Civil Veterinary Department Bihar & Orissa reports 1929-36 - 1929-1936
Year: 1929
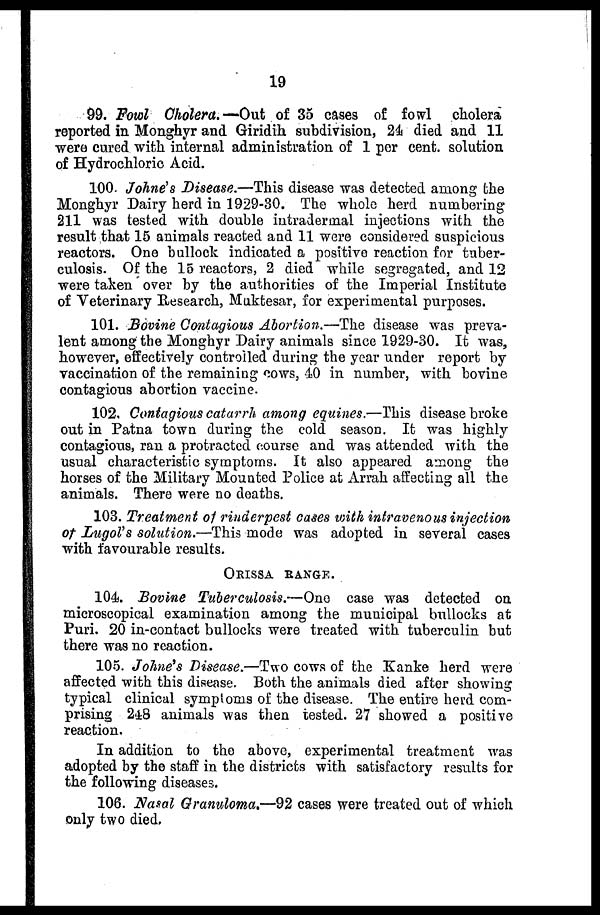
19
99. Fowl Cholera.—Out of 35 cases of fowl cholera
reported in Monghyr and Giridih subdivision, 24 died and 11
were cured with internal administration of 1 per cent. solution
of Hydrochloric Acid.
100. Johne's Disease.—This disease was detected among the
Monghyr Dairy herd in 1929-30. The whole herd numbering
211 was tested with double intradermal injections with the
result that 15 animals reacted and 11 were considered suspicious
reactors. One bullock indicated a positive reaction for tuber-
culosis. Of the 15 reactors, 2 died while segregated, and 12
were taken over by the authorities of the Imperial Institute
of Veterinary Research, Muktesar, for experimental purposes.
101. Bovine Contagious Abortion.—The disease was preva-
lent among the Monghyr Dairy animals since 1929-30. It was,
however, effectively controlled during the year under report by
vaccination of the remaining cows, 40 in number, with bovine
contagious abortion vaccine.
102. Contagious catarrh among equines.—This disease broke
out in Patna town during the cold season. It was highly
contagious, ran a protracted course and was attended with the
usual characteristic symptoms. It also appeared among the
horses of the Military Mounted Police at Arrah affecting all the
animals. There were no deaths.
103. Treatment of rinderpest cases with intravenous injection
of Lugol's solution.—This mode was adopted in several cases
with favourable results.
ORISSA RANGE.
104. Bovine Tuberculosis.—One
case was detected on
microscopical examination among the municipal bullocks at
Puri. 20 in-contact bullocks were treated with tuberculin but
there was no reaction.
105. Johne's Disease.—Two cows of the Kanke herd were
affected with this disease. Both the animals died after showing
typical clinical symptoms of the disease. The entire herd com-
prising 248 animals was then tested. 27 showed a positive
reaction.
In addition to the above, experimental treatment was
adopted by the staff in the districts with satisfactory results for
the following diseases.
106. Nasal Granuloma.—92 cases were treated out of which
only two died.